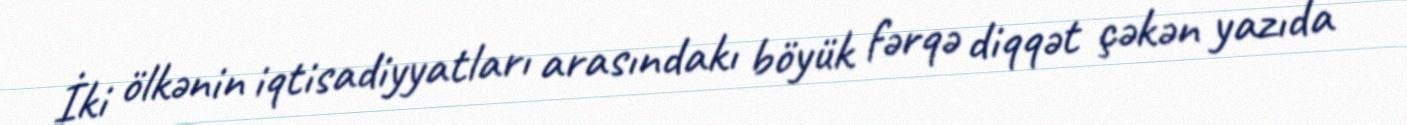
İki ölkənin iqtisadiyyatları arasındakı böyük fərqə diqqət çəkən yazıda